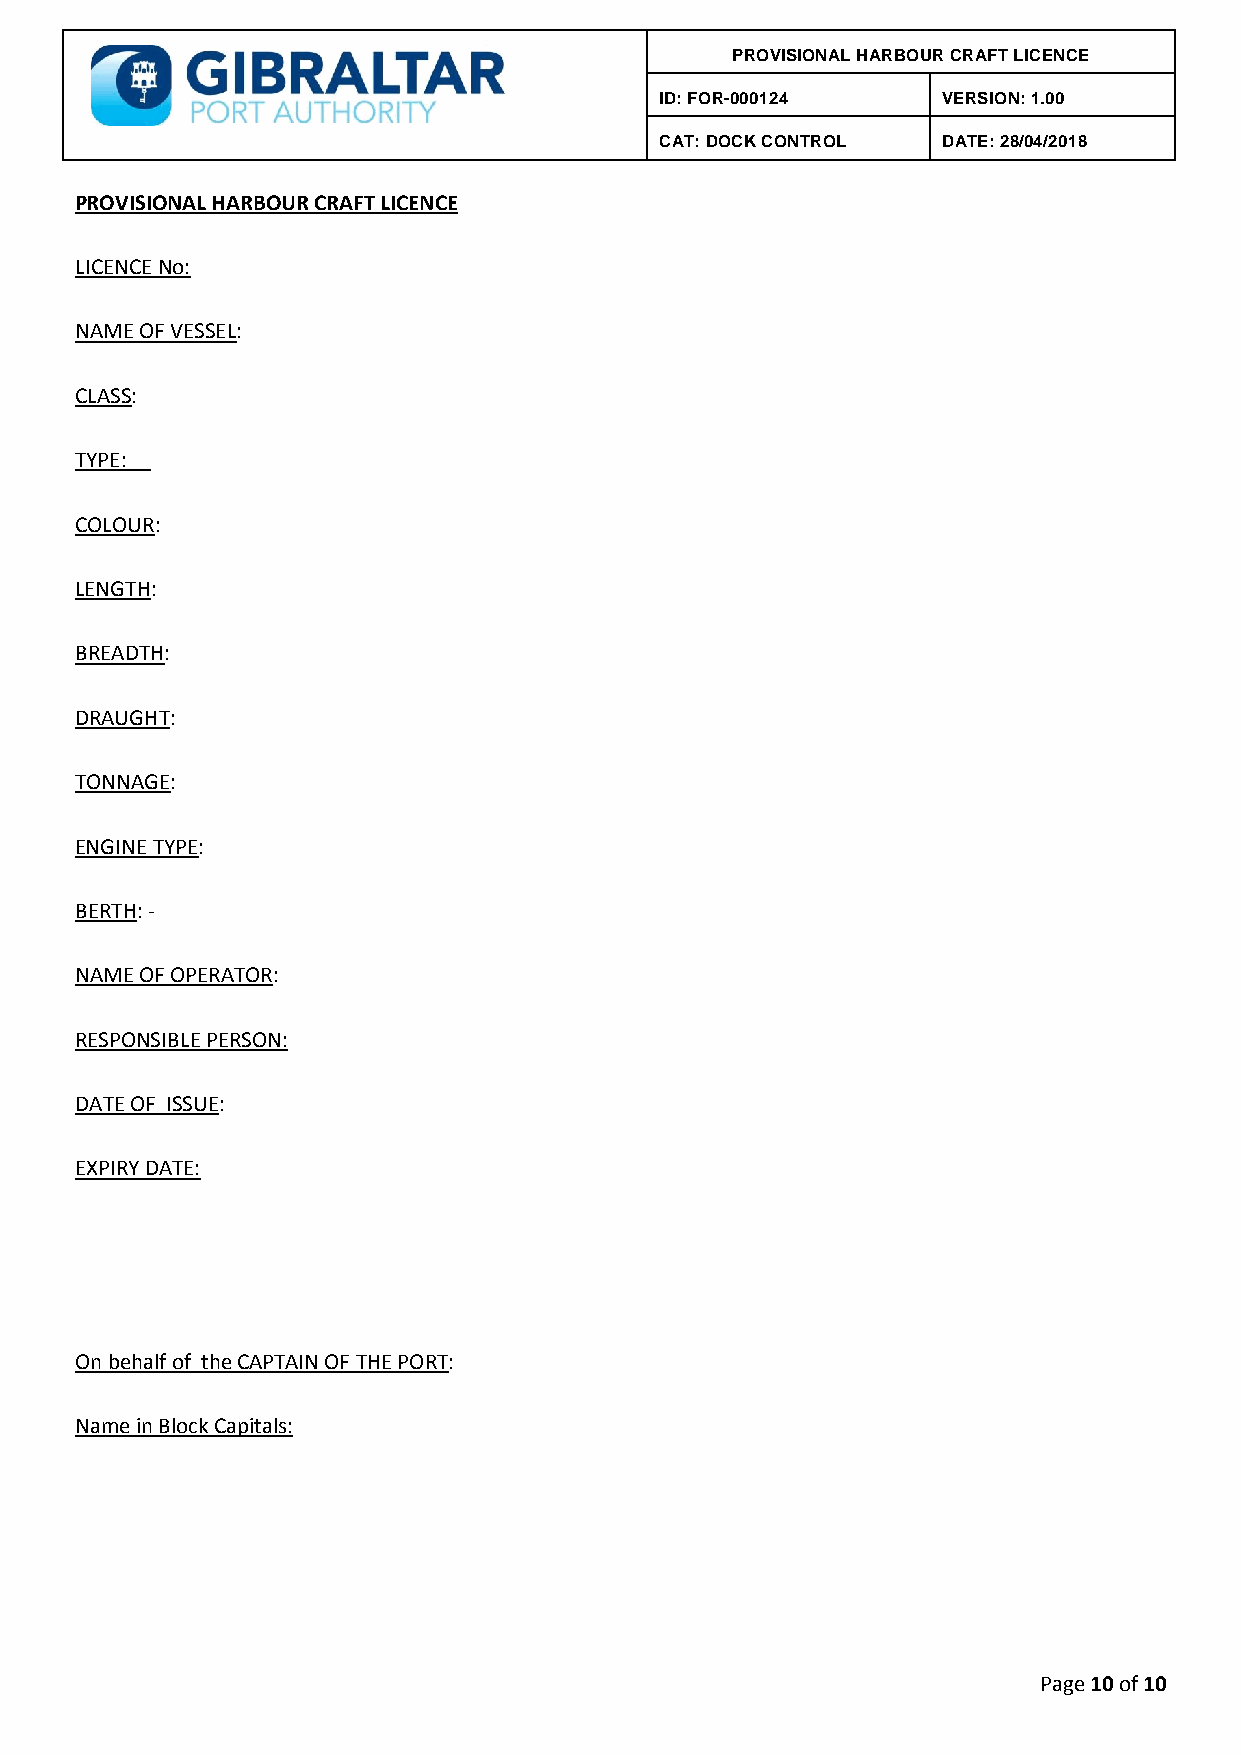
PROVISIONAL HARBOUR CRAFT LICENCE
 ID: FOR-000124    VERSION: 1.00
 CAT: DOCK CONTROL DATE: 28/04/2018
 PROVISIONAL HARBOUR CRAFT LICENCE
 LICENCE No:
 NAME OF VESSEL:
 CLASS:
 TYPE:
 COLOUR:
 LENGTH:
 BREADTH:
 DRAUGHT:
 TONNAGE:
 ENGINE TYPE:
 BERTH: -
 NAME OF OPERATOR:
 RESPONSIBLE PERSON:
 DATE OF ISSUE:
 EXPIRY DATE:
 On behalf of the CAPTAIN OF THE PORT:
 Name in Block Capitals:
 Page 10 of 10